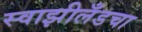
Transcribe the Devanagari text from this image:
स्वाझीलँडचा